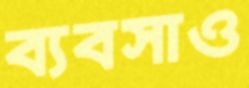
ব্যবসাও